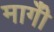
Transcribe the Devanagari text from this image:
मागीँ